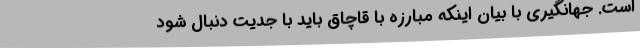
است. جهانگیری با بیان اینکه مبارزه با قاچاق باید با جدیت دنبال شود